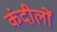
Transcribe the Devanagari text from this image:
कंदीलों